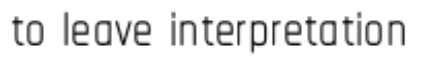
to leave interpretation